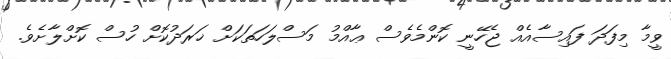
ވީމާ މިފަދަ ފައިސާއެއް ޖެހޭނީ ކޮންމެވެސް ޢާއްމު މަސްލަހަތަކަށް ޚަރަދުކޮށް ހުސް ކޮށްލާށެވެ.